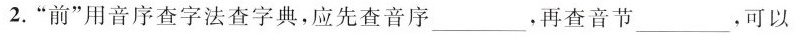
2.“前”用音序查字法查字典，应先查音序___，再查音节___，可以